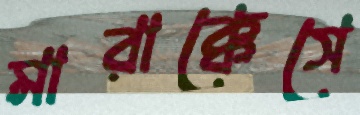
মারাক্কেসে